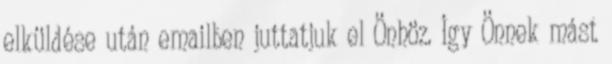
elküldése után emailben juttatjuk el Önhöz. Így Önnek mást